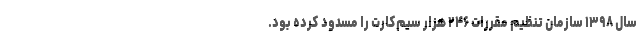
سال ۱۳۹۸ سازمان تنظیم مقررات ۲۴۶ هزار سیم‌کارت را مسدود کرده بود.